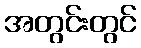
အတွင်းတွင်